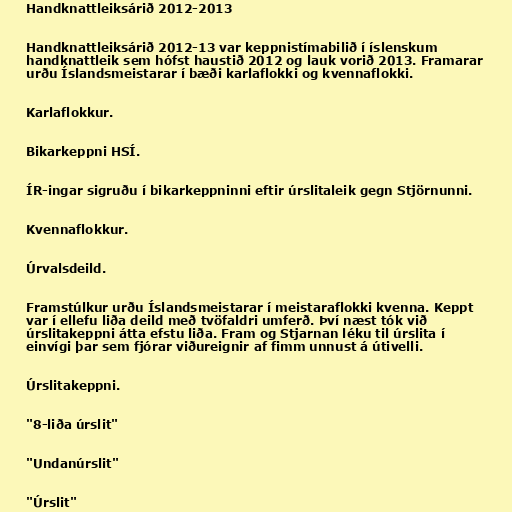
Handknattleiksárið 2012-2013

Handknattleiksárið 2012-13 var keppnistímabilið í íslenskum
handknattleik sem hófst haustið 2012 og lauk vorið 2013. Framarar
urðu Íslandsmeistarar í bæði karlaflokki og kvennaflokki.

Karlaflokkur.

Bikarkeppni HSÍ.

ÍR-ingar sigruðu í bikarkeppninni eftir úrslitaleik gegn Stjörnunni.

Kvennaflokkur.

Úrvalsdeild.

Framstúlkur urðu Íslandsmeistarar í meistaraflokki kvenna. Keppt
var í ellefu liða deild með tvöfaldri umferð. Því næst tók við
úrslitakeppni átta efstu liða. Fram og Stjarnan léku til úrslita í
einvígi þar sem fjórar viðureignir af fimm unnust á útivelli.

Úrslitakeppni.

"8-liða úrslit"

"Undanúrslit"

"Úrslit"